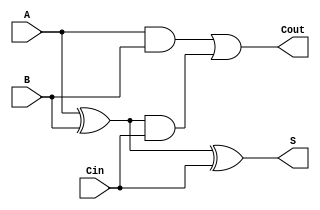
module CarryLookaheadFullAdder (
    input wire A,      // First binary input
    input wire B,      // Second binary input
    input wire Cin,    // Carry-in input
    output wire S,     // Sum output
    output wire Cout    // Carry-out output
);

    // Internal signals
    wire G;           // Generate signal
    wire P;           // Propagate signal
    wire C1;          // Intermediate carry

    // Generate and Propagate logic
    assign G = A & B;          // Generate signal
    assign P = A ^ B;          // Propagate signal

    // Carry-out logic
    assign Cout = G | (P & Cin); // Carry-out signal

    // Sum logic
    assign S = P ^ Cin;        // Sum output

endmodule